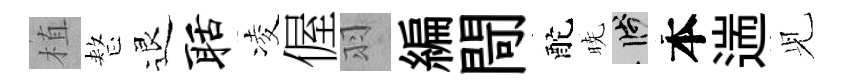
植整退聒凌偓羽編閜酡暁箋本遄𫤗